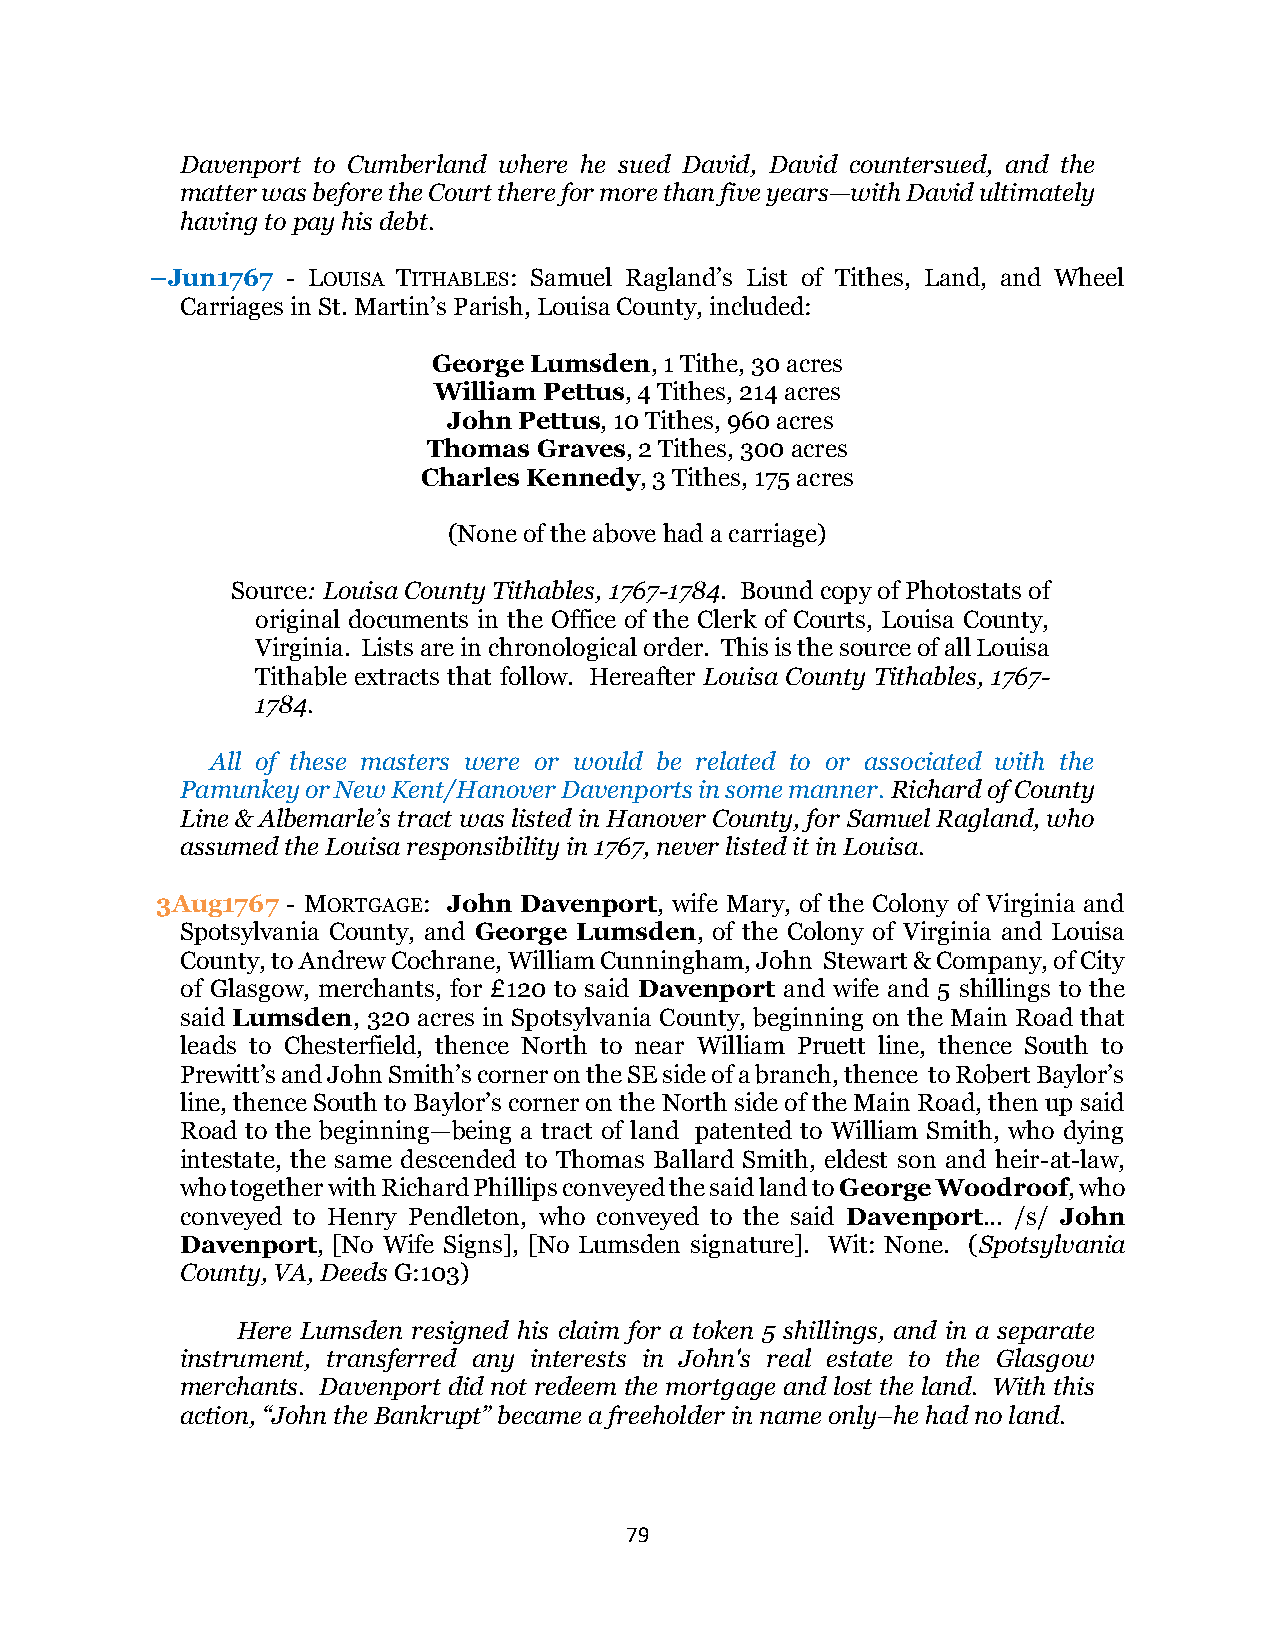
Davenport to Cumberland where he sued David, David countersued, and the
 matter was before the Court there for more than five years—with David ultimately
 having to pay his debt.
 –Jun1767 - LOUISA TITHABLES: Samuel Ragland’s List of Tithes, Land, and Wheel
 Carriages in St. Martin’s Parish, Louisa County, included:
 George Lumsden, 1 Tithe, 30 acres
 William Pettus, 4 Tithes, 214 acres
 John Pettus, 10 Tithes, 960 acres
 Thomas  Graves, 2 Tithes, 300 acres
 Charles Kennedy, 3 Tithes, 175 acres
 (None of the above had a carriage)
 Source: Louisa County Tithables, 1767-1784. Bound copy of Photostats of
 original documents in the Office of the Clerk of Courts, Louisa County,
 Virginia. Lists are in chronological order. This is the source of all Louisa
 Tithable extracts that follow. Hereafter Louisa County Tithables, 1767-
 1784.
 All of these masters were or would be related to or associated with the
 Pamunkey or New Kent/Hanover Davenports in some manner. Richard of County
 Line & Albemarle’s tract was listed in Hanover County, for Samuel Ragland, who
 assumed the Louisa responsibility in 1767, never listed it in Louisa.
 3Aug1767 - MORTGAGE: John Davenport, wife Mary, of the Colony of Virginia and
 Spotsylvania County, and George Lumsden, of the Colony of Virginia and Louisa
 County, to Andrew Cochrane, William Cunningham, John Stewart & Company, of City
 of Glasgow, merchants, for £120 to said Davenport and wife and 5 shillings to the
 said Lumsden, 320 acres in Spotsylvania County, beginning on the Main Road that
 leads to Chesterfield, thence North to near William Pruett line, thence South to
 Prewitt’s and John Smith’s corner on the SE side of a branch, thence to Robert Baylor’s
 line, thence South to Baylor’s corner on the North side of the Main Road, then up said
 Road to the beginning—being a tract of land patented to William Smith, who dying
 intestate, the same descended to Thomas Ballard Smith, eldest son and heir-at-law,
 who together with Richard Phillips conveyed the said land to George Woodroof, who
 conveyed to Henry Pendleton, who conveyed to the said Davenport... /s/ John
 Davenport, [No Wife Signs], [No Lumsden signature]. Wit: None. (Spotsylvania
 County, VA, Deeds G:103)
 Here Lumsden resigned his claim for a token 5 shillings, and in a separate
 instrument, transferred any interests in John's real estate to the Glasgow
 merchants. Davenport did not redeem the mortgage and lost the land. With this
 action, “John the Bankrupt” became a freeholder in name only–he had no land.
 79